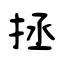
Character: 拯